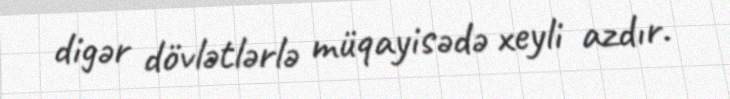
digər dövlətlərlə müqayisədə xeyli azdır.